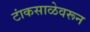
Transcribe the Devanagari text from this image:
टांकसाळेवरून